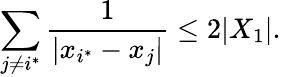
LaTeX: \sum_{j\neq i^{\ast}}\frac{1}{|x_{i^{\ast}}-x_{j}|}\leq 2|X_{1}|.